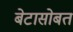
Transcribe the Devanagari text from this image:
बेटासोबत